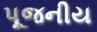
પૂજનીય